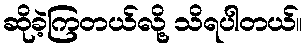
ဆိုခဲ့ကြတယ်လို့ သိရပါတယ်။